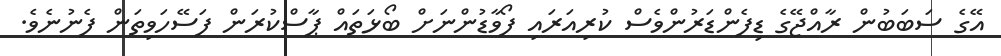
އޭގެ ސަބަބުން ރާއްޖޭގެ ޑިފެންޑަރުންވެސް ކުރިއަރައި ފޯވާޑުންނަށް ބޯޅަތައް ޕާސްކުރަން ފަސޭހަވިތަން ފެނުނެވެ.